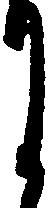
月